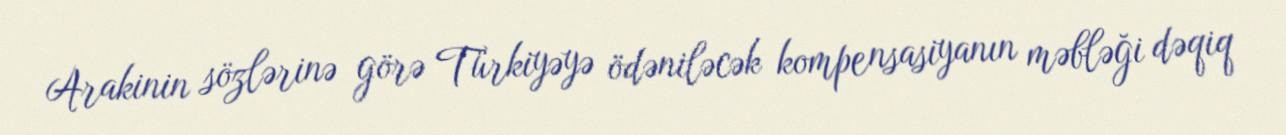
Arakinin sözlərinə görə Türkiyəyə ödəniləcək kompensasiyanın məbləği dəqiq